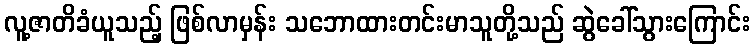
လူ့ဇာတိခံယူသည့် ဖြစ်လာမှန်း သဘောထားတင်းမာသူတို့သည် ဆွဲခေါ်သွားကြောင်း